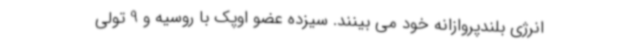
انرژی بلندپروازانه خود می بینند. سیزده عضو اوپک با روسیه و 9 تولی